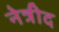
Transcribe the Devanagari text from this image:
नेत्रीद